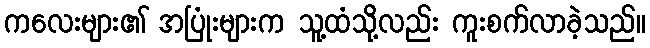
ကလေးများ၏ အပြုံးများက သူ့ထံသို့လည်း ကူးစက်လာခဲ့သည်။